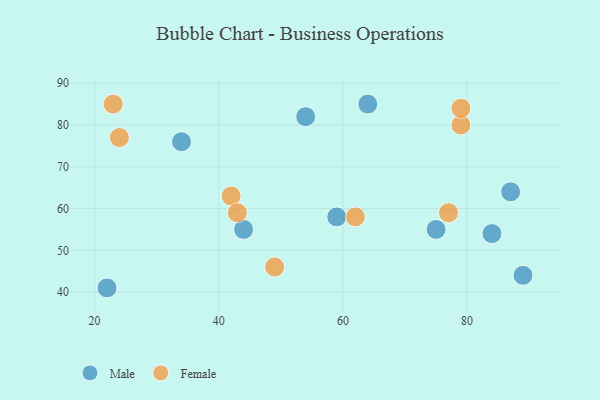
{"axis": {"x": "GDP", "y": "Life Expectancy"}, "legend": ["Female", "Male"], "data": [{"x": "54", "y": 82, "type": "Male"}, {"x": "34", "y": 76, "type": "Male"}, {"x": "22", "y": 41, "type": "Male"}, {"x": "75", "y": 55, "type": "Male"}, {"x": "59", "y": 58, "type": "Male"}, {"x": "87", "y": 64, "type": "Male"}, {"x": "84", "y": 54, "type": "Male"}, {"x": "44", "y": 55, "type": "Male"}, {"x": "89", "y": 44, "type": "Male"}, {"x": "64", "y": 85, "type": "Male"}, {"x": "79", "y": 80, "type": "Female"}, {"x": "23", "y": 85, "type": "Female"}, {"x": "42", "y": 63, "type": "Female"}, {"x": "49", "y": 46, "type": "Female"}, {"x": "62", "y": 58, "type": "Female"}, {"x": "79", "y": 84, "type": "Female"}, {"x": "43", "y": 59, "type": "Female"}, {"x": "24", "y": 77, "type": "Female"}, {"x": "77", "y": 59, "type": "Female"}]}